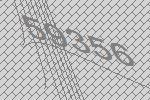
59356